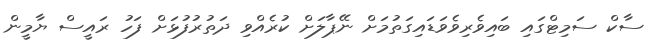
ސާކް ސަމިޓްގައި ބައިވެރިވެވަޑައިގަތުމަށް ނޭޕާލަށް ކުރެއްވި ދަތުރުފުޅަށް ފަހު ރައީސް ޔާމީން